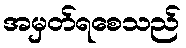
အမှတ်ရစေသည်